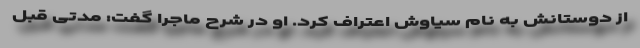
از دوستانش به نام سیاوش اعتراف کرد. او در شرح ماجرا گفت: مدتی قبل